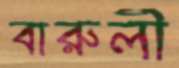
বারুলী